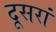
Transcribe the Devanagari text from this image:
दूसरां